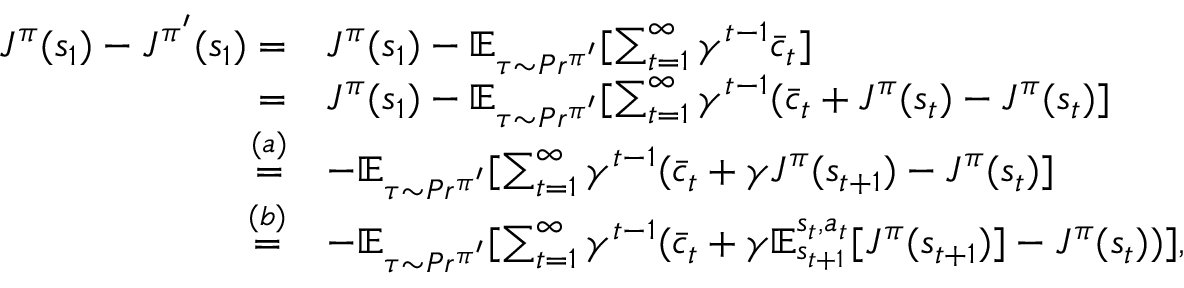
\begin{array} { r l } { J ^ { \pi } ( s _ { 1 } ) - J ^ { \pi ^ { \prime } } ( s _ { 1 } ) = } & { J ^ { \pi } ( s _ { 1 } ) - \mathbb { E } _ { \tau \sim P r ^ { \pi ^ { \prime } } } [ \sum _ { t = 1 } ^ { \infty } \gamma ^ { t - 1 } \bar { c } _ { t } ] } \\ { = } & { J ^ { \pi } ( s _ { 1 } ) - \mathbb { E } _ { \tau \sim P r ^ { \pi ^ { \prime } } } [ \sum _ { t = 1 } ^ { \infty } \gamma ^ { t - 1 } ( \bar { c } _ { t } + J ^ { \pi } ( s _ { t } ) - J ^ { \pi } ( s _ { t } ) ] } \\ { \overset { ( a ) } { = } } & { - \mathbb { E } _ { \tau \sim P r ^ { \pi ^ { \prime } } } [ \sum _ { t = 1 } ^ { \infty } \gamma ^ { t - 1 } ( \bar { c } _ { t } + \gamma J ^ { \pi } ( s _ { t + 1 } ) - J ^ { \pi } ( s _ { t } ) ] } \\ { \overset { ( b ) } { = } } & { - \mathbb { E } _ { \tau \sim P r ^ { \pi ^ { \prime } } } [ \sum _ { t = 1 } ^ { \infty } \gamma ^ { t - 1 } ( \bar { c } _ { t } + \gamma \mathbb { E } _ { s _ { t + 1 } } ^ { s _ { t } , a _ { t } } [ J ^ { \pi } ( s _ { t + 1 } ) ] - J ^ { \pi } ( s _ { t } ) ) ] , } \end{array}